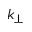
k _ { \perp }